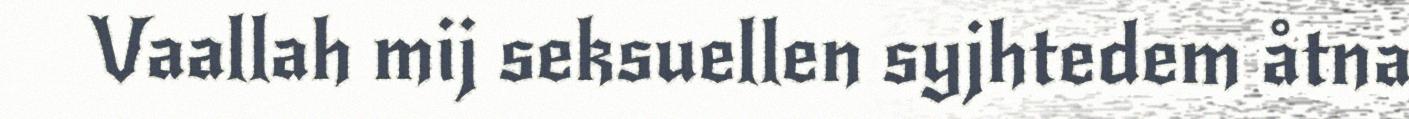
Vaallah mij seksuellen syjhtedem åtna